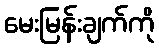
မေးမြန်းချက်ကို